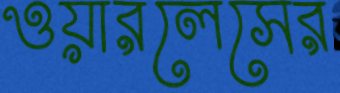
ওয়ারলেসের